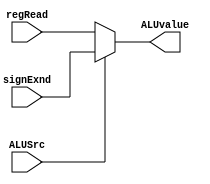
module MuxALUSRC(
	input [31:0] regRead,
	input [31:0] signExnd,
	input ALUSrc,
	output [31:0] ALUvalue);

	assign ALUvalue = (ALUSrc) ? signExnd:regRead;
endmodule